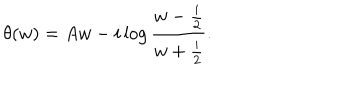
LaTeX: \theta ( w ) = A w - i \log { \frac { w - { \frac { i } { 2 } } } { w + { \frac { i } { 2 } } } } .